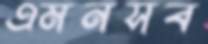
এমনসব